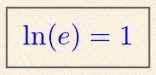
\ln(e)=1